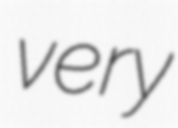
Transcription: very